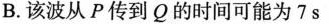
B.该波从P传到Q的时间可能为7s